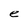
Character: e